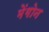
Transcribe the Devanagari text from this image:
मेंगोन